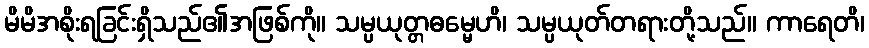
မိမိအစိုးရခြင်းရှိသည်၏အဖြစ်ကို။ သမ္ပယုတ္တဓမ္မေဟိ၊ သမ္ပယုတ်တရားတို့သည်။ ကာရေတိ၊